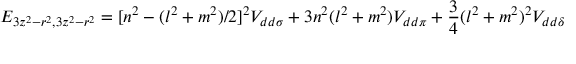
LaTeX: E _ { 3 z ^ { 2 } - r ^ { 2 } , 3 z ^ { 2 } - r ^ { 2 } } = [ n ^ { 2 } - ( l ^ { 2 } + m ^ { 2 } ) / 2 ] ^ { 2 } V _ { d d \sigma } + 3 n ^ { 2 } ( l ^ { 2 } + m ^ { 2 } ) V _ { d d \pi } + { \frac { 3 } { 4 } } ( l ^ { 2 } + m ^ { 2 } ) ^ { 2 } V _ { d d \delta }